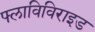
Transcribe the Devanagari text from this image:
फ्लाविविराइड